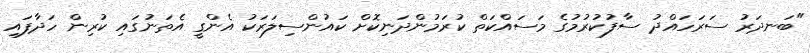
"ބަނދަރު ސަރަހައްދު ސާފުކުރުމުގެ މަސައްކަތް ކުރަމުންދަނިކޮށް ކައުންސިލަރަކު އެންގީ އެތަނުގައި ކުރިން ހަދާފައި